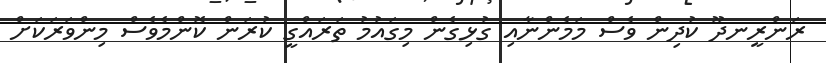
ރަންރީނދޫ ކުދިން ވެސް މަމެންނާއި ގުޅިގެން މިގައުމު ތަަރައްގީ ކުރަން ކޮންމެވެސް މިންވަރަކަށް